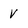
Character: v